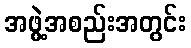
အဖွဲ့အစည်းအတွင်း